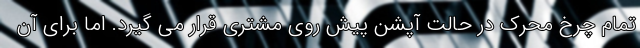
تمام چرخ محرک در حالت آپشن پیش روی مشتری قرار می گیرد. اما برای آن